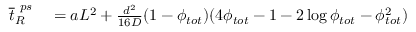
\begin{array} { r l } { \overline { { t } } _ { R } ^ { \ p s } } & { { } = a L ^ { 2 } + \frac { d ^ { 2 } } { 1 6 D } ( 1 - \phi _ { t o t } ) ( 4 \phi _ { t o t } - 1 - 2 \log \phi _ { t o t } - \phi _ { t o t } ^ { 2 } ) } \end{array}